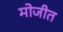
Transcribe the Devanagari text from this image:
मोजीत